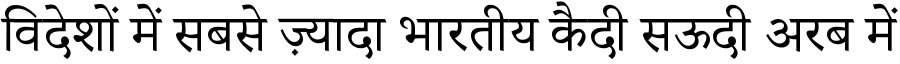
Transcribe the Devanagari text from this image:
विदेशों में सबसे ज़्यादा भारतीय कैदी सऊदी अरब में